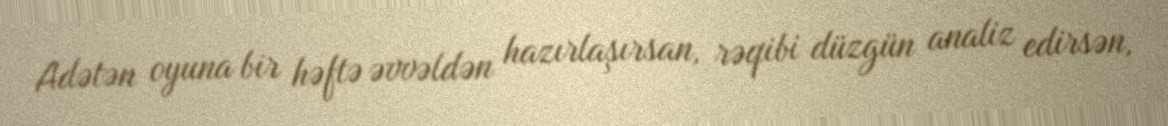
Adətən oyuna bir həftə əvvəldən hazırlaşırsan, rəqibi düzgün analiz edirsən,